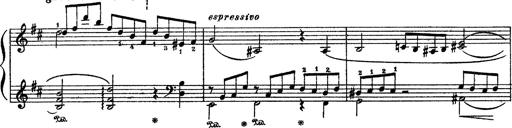
Title: Sarabande und Chaconne aus dem Singspiel
Composer: Franz Liszt